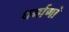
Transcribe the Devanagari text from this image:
धर्माणां